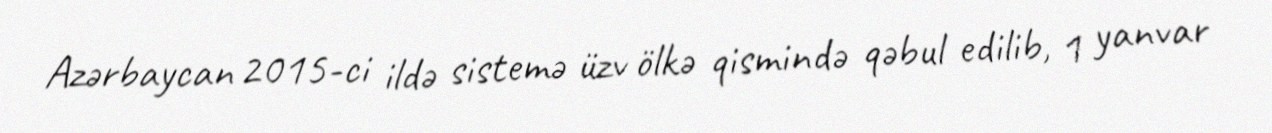
Azərbaycan 2015-ci ildə sistemə üzv ölkə qismində qəbul edilib, 1 yanvar